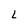
Character: L